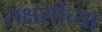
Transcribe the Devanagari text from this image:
राक्षसींच्या